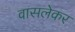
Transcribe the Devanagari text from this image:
वासलेकर